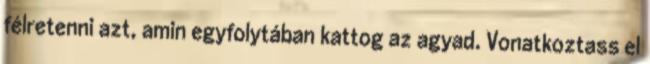
félretenni azt, amin egyfolytában kattog az agyad. Vonatkoztass el